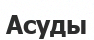
Асуды